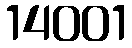
14001